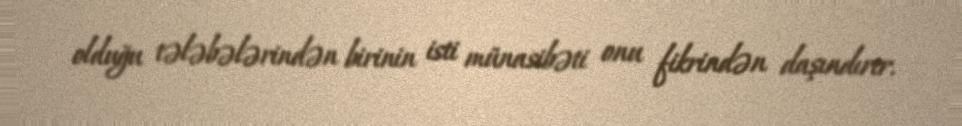
olduğu tələbələrindən birinin isti münasibəti onu fikrindən daşındırır.